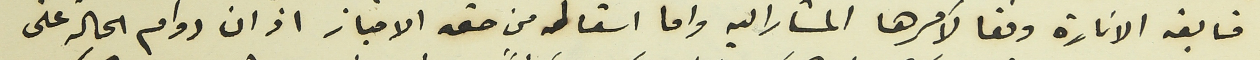
متابعة الانارة وفقا لأمرها المشار اليه واما اسقاطه من حقه الامتياز اذ ان دوام الحالة على